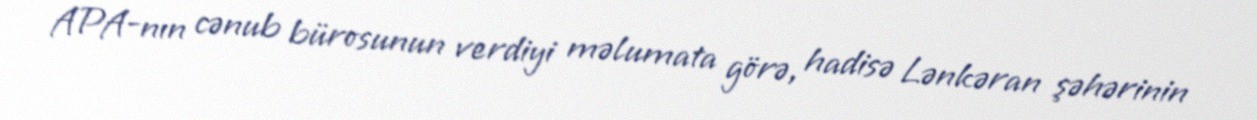
APA-nın cənub bürosunun verdiyi məlumata görə, hadisə Lənkəran şəhərinin